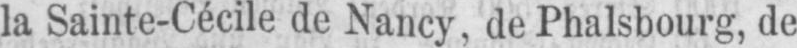
la Sainte-Cécile de Nancy, de Phalsbourg, de